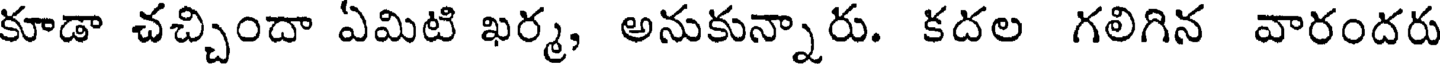
కూడా చచ్చిందా ఏమిటి ఖర్మ, అనుకున్నారు. కదల గలిగిన వారందరు